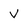
Character: v